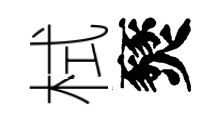
栻燹